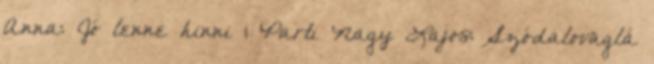
Anna: Jó lenne hinni 1 Parti Nagy Lajos: Szódalovaglá